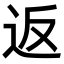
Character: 返